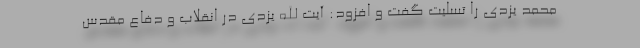
محمد یزدی را تسلیت گفت و افزود: آیت الله یزدی در انقلاب و دفاع مقدس